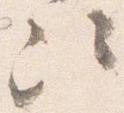
次